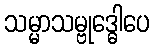
သမ္မာသမ္ဗုဒ္ဓေါပေ